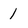
Character: 1